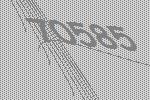
70585